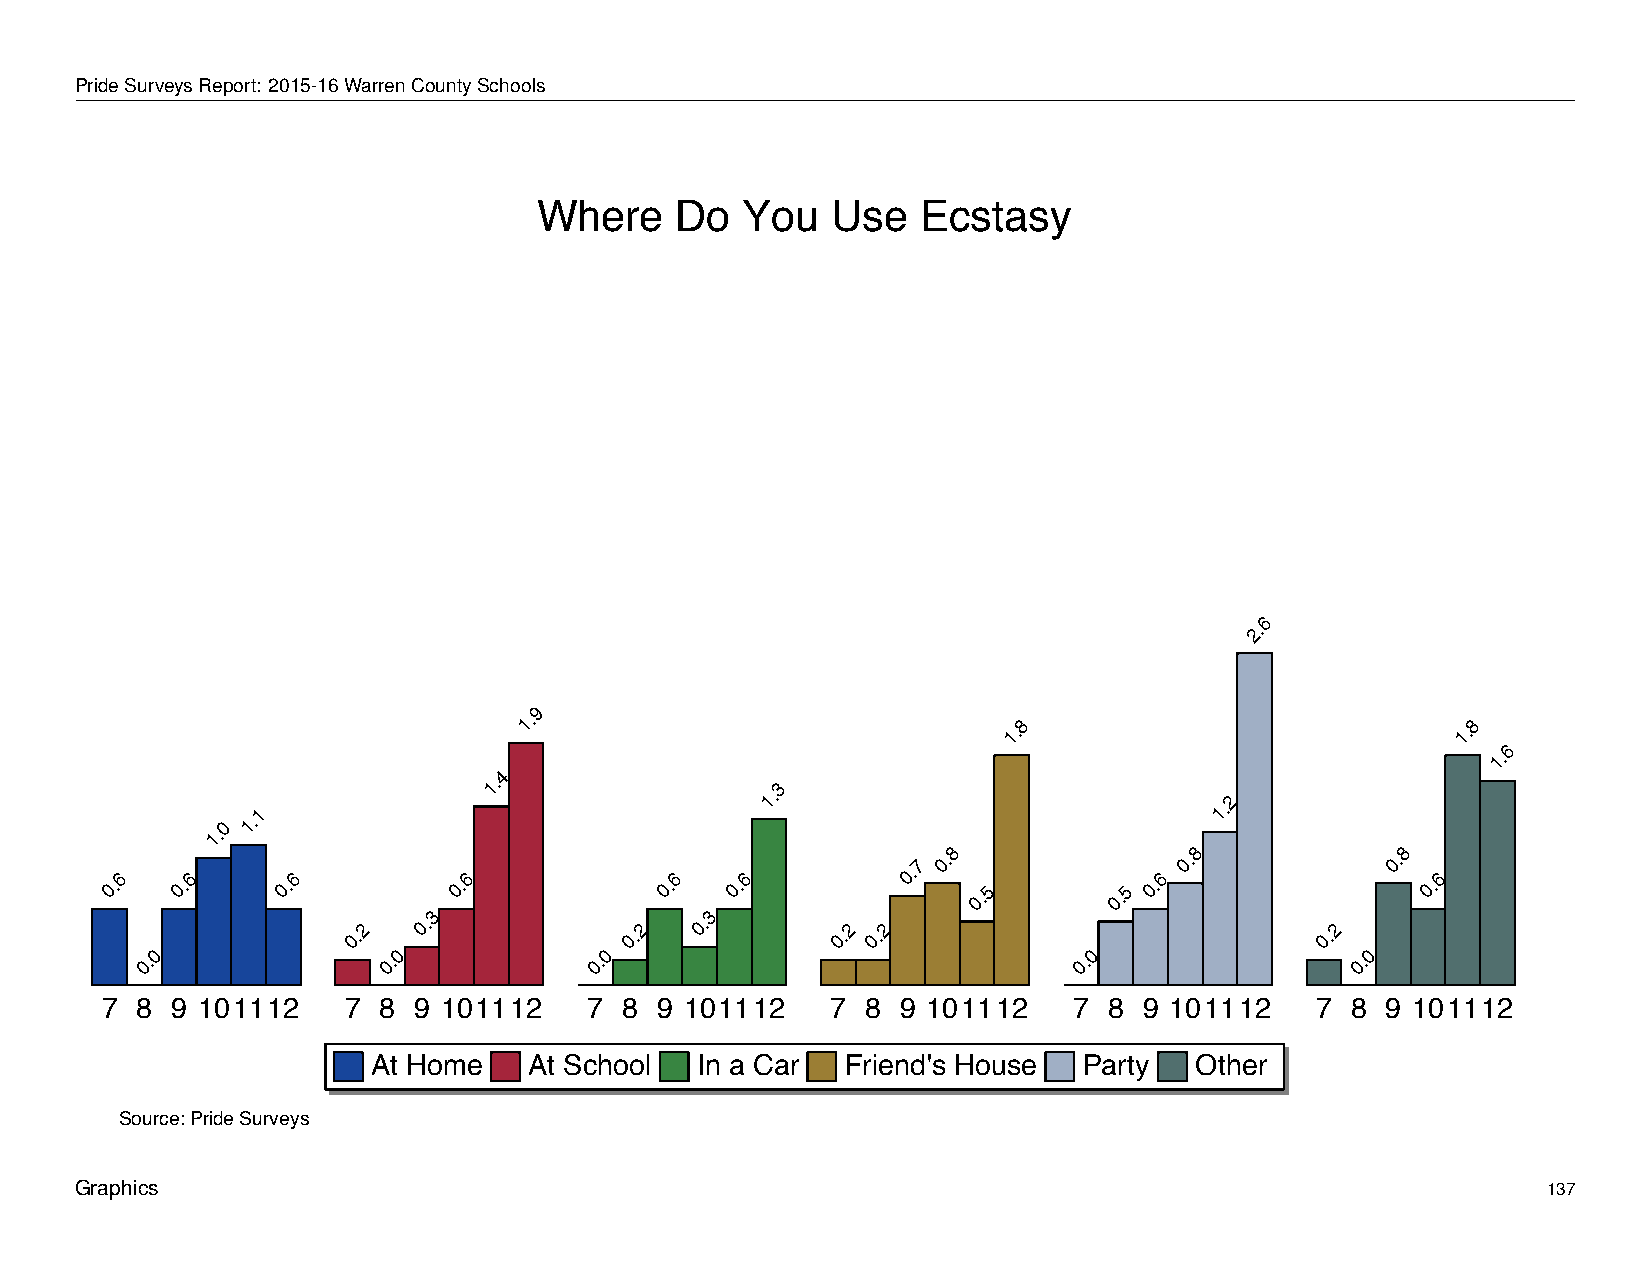
Where         Do      You       Use      Ecstasy
 PrideSurveysReport: 2015-16WarrenCountySchools
 Where    Do  You   Use   Ecstasy
 6
 2.
 9
 1.                              1.8                           1.8
 6
 1.
 4
 1.0
 1.1
 1.                 1.3
 1.2
 8               8             8
 0.6  0.6   0.6         0.6           0.6 0.6
 0.7 0.
 0.5       0.5
 0.6
 0.            0.
 0.6
 3                  3
 0.2  0.           0.2  0.       0.2 0.2                         0.2
 0               0             0                               0                 0
 0.              0.            0.                              0.                 0.
 7 8 9 101112    7 8 9 101112    7 8 9 101112    7 8  9 101112   7 8  9 101112   7 8  9 101112
 At Home   At School  In a Car  Friend's House  Party  Other
 Source: Pride Surveys
 Graphics                                                                                         137